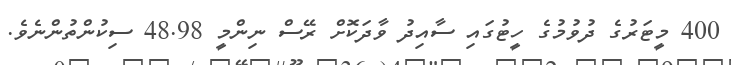
400 މީޓަރުގެ ދުވުމުގެ ހީޓުގައި ސާއިދު ވާދަކޮށް ރޭސް ނިންމީ 48.98 ސިކުންތުންނެވެ.